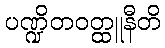
ပဏ္ဍိတဝတ္ထူနီတိ